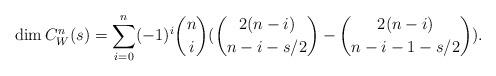
LaTeX: \begin{align*} \dim C_W^n(s) = \sum_{i=0}^n (-1)^i \binom{n}{i} (\binom{2(n-i)}{n-i-s/2} -\binom{2(n-i)}{n-i-1-s/2}).\end{align*}